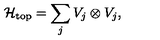
{ \cal H } _ { \mathrm { t o p } } = \sum _ { j } V _ { j } \otimes V _ { j } ,